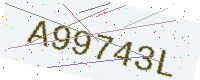
Text: A99743L